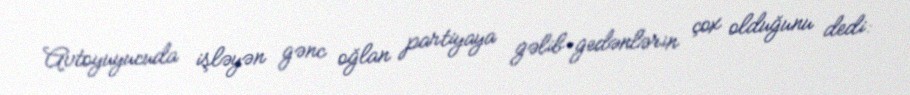
Avtoyuyucuda işləyən gənc oğlan partiyaya gəlib-gedənlərin çox olduğunu dedi: